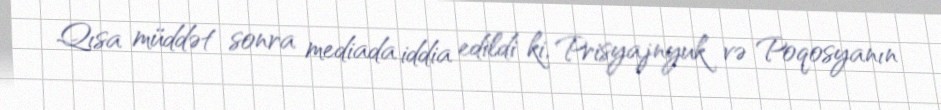
Qısa müddət sonra mediada iddia edildi ki, Prisyajnyuk və Poqosyanın